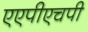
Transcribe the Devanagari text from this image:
एएपीएचपी